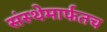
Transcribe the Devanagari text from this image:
संस्थेमार्फतच